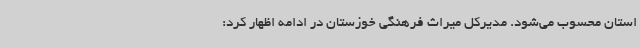
استان محسوب می‌شود. مدیرکل میراث فرهنگی خوزستان در ادامه اظهار کرد: